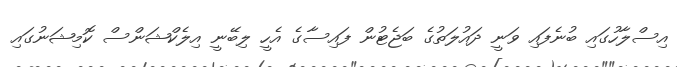
އިސްލާހުގައި ބުނެފައި ވަނީ ދައުލަތުގެ ބަޖެޓުން ފައިސާގެ އެހީ ލިބޭނީ އިލެކްޝަންސް ކޮމިޝަނުގައި